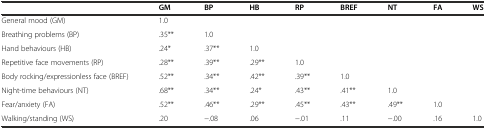
|  | GM | BP | HB | RP | BREF | NT | FA | WS |
 | --- | --- | --- | --- | --- | --- | --- | --- | --- |
 | General mood (GM) | 1.0 |  |  |  |  |  |  |  |
 | Breathing problems (BP) | .35** | 1.0 |  |  |  |  |  |  |
 | Hand behaviours (HB) | .24* | .37** | 1.0 |  |  |  |  |  |
 | Repetitive face movements (RP) | .28** | .39** | .29** | 1.0 |  |  |  |  |
 | Body rocking/expressionless face (BREF) | .52** | .34** | .42** | .39** | 1.0 |  |  |  |
 | Night-time behaviours (NT) | .68** | .34** | .24* | .43** | .41** | 1.0 |  |  |
 | Fear/anxiety (FA) | .52** | .46** | .29** | .45** | .43** | .49** | 1.0 |  |
 | Walking/standing (WS) | .20 | −.08 | .06 | −.01 | .11 | −.00 | .16 | 1.0 |